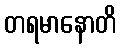
တရမာနောတိ